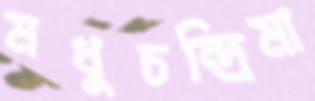
মধুচন্দ্রিমা